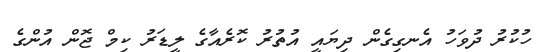
ހުކުރު ދުވަހު އެނގިގެން ދިޔައީ އުތުރު ކޮރެއާގެ ލީޑަރު ކިމް ޖޮން އުންގެ